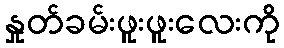
နှုတ်ခမ်းဖူးဖူးလေးကို